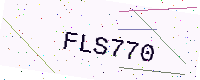
Text: FLS770